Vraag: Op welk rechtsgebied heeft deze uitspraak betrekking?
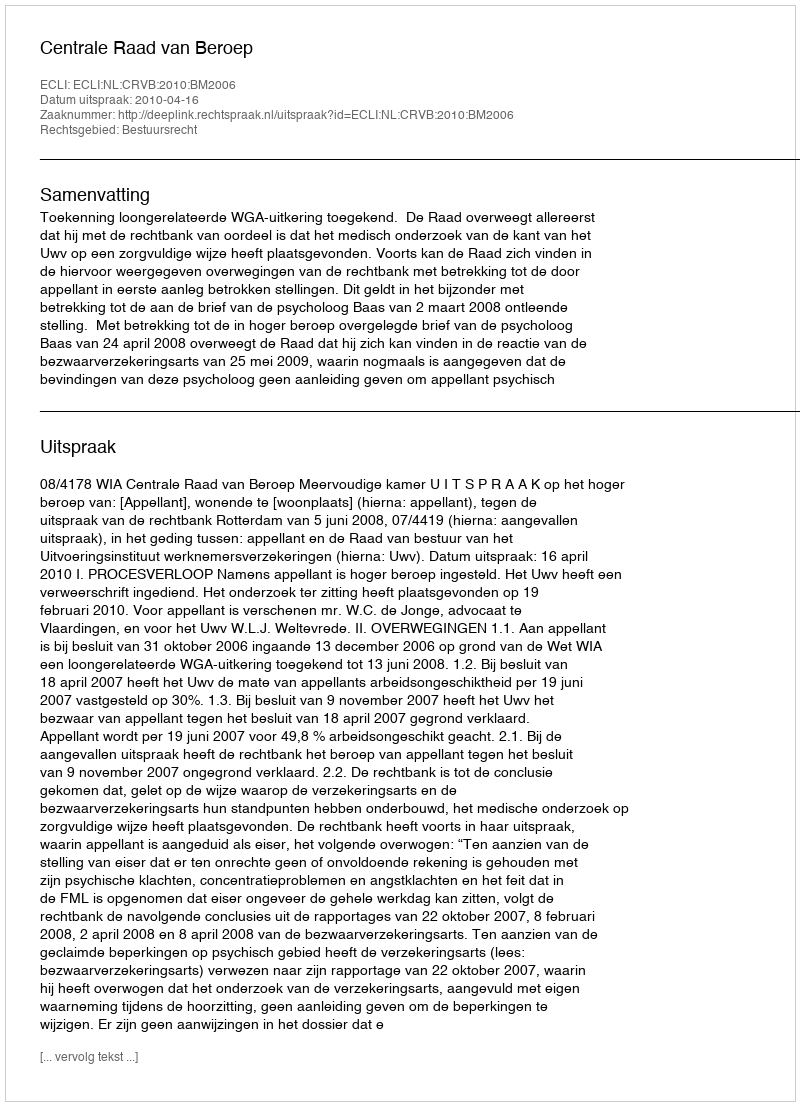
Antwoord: Bestuursrecht